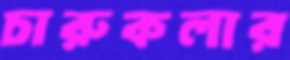
চারুকলার